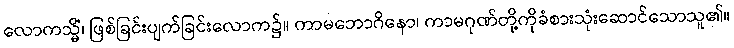
လောကသ္မိံ၊ ဖြစ်ခြင်းပျက်ခြင်းလောက၌။ ကာမဘောဂိနော၊ ကာမဂုဏ်တို့ကိုခံစားသုံးဆောင်သောသူ၏။